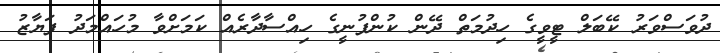
ދުވަސްވަރު ކޭބަލް ޓީވީގެ ހިދުމަތް ދޭން ކުންފުނީގެ ހިއްސާދާރެއް ކަމަށްވާ މުހައްމަދު ފަޔާޒު